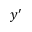
y ^ { \prime }